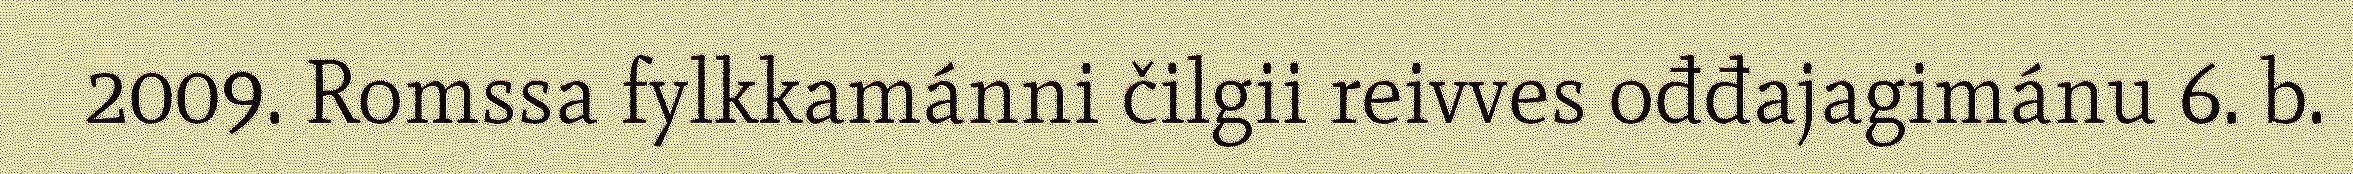
2009. Romssa fylkkamánni čilgii reivves ođđajagimánu 6. b.